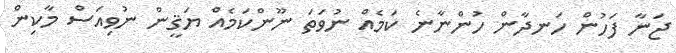
ޖަނާ ފަހުން ހަނދާން ހުންނާނެ ކަމެއް ނުވަތަ ނޫންކަމެއް ޔަޤީން ނުވިއަސް މާކިން